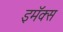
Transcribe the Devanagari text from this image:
इमॅक्स